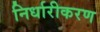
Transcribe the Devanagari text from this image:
निर्धारीकरण